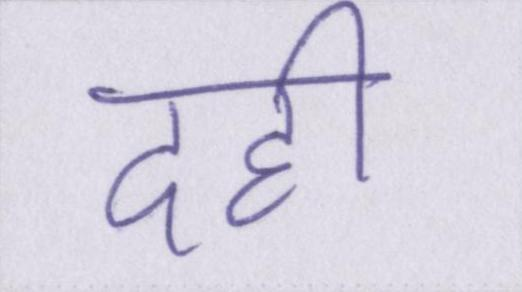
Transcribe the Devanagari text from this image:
दही